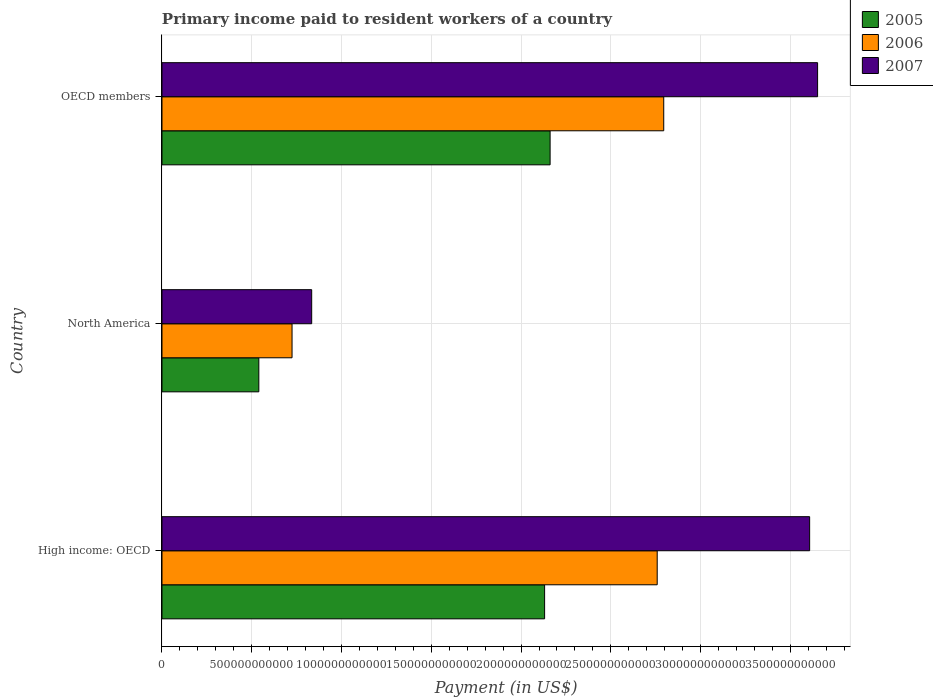
| Country | 2005 | 2006 | 2007 |
 | --- | --- | --- | --- |
 | High income: OECD | 2.13e+12 | 2.76e+12 | 3.61e+12 |
 | North America | 5.39e+11 | 7.24e+11 | 8.34e+11 |
 | OECD members | 2.16e+12 | 2.79e+12 | 3.65e+12 |